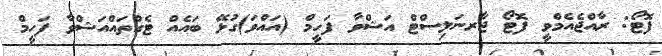
ފޮޓޯ: ރާއްޖެއެމްވީ ފޮޓޯ ޖާރނަލިސްޓް އަޝްވާ ފަހީމް (އައްވަ)ގުޅޭ ބައެއް ޓެގްތައްއަޝްވާ ފަހީމް